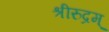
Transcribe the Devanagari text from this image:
श्रीरुद्रम्